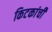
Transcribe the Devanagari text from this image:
किटकांची